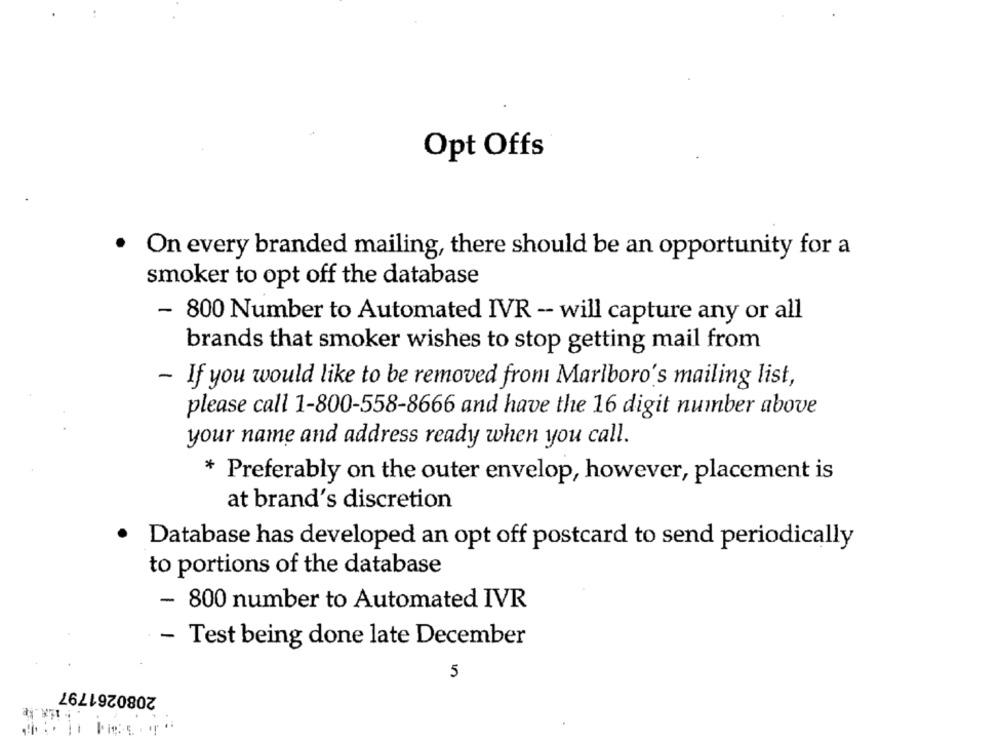
Opt Offs
. On every branded mailing, there should be an opportunity for a
smoker to opt off the database
- 800 Number to Automated IVR - will capture any or all
brands that smoker wishes to stop getting mail from
- If you would like to be removed from Marlboro's mailing list,
please call 1-800-558-8666 and have the 16 digit number above
your name and address ready when you call.
* Preferably on the outer envelop, however, placement is
at brand's discretion
.
Database has developed an opt off postcard to send periodically
to portions of the database
- 800 number to Automated IVR
- Test being done late December
5
2080261797